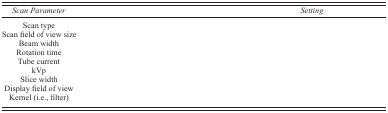
<table><thead><tr><td><b><i>Scan Parameter</i></b></td><td><b><i>Setting</i></b></td></tr></thead><tbody><tr><td>Scan type</td><td>[EMPTY_CELL]</td></tr><tr><td>Scan field of view size</td><td>[EMPTY_CELL]</td></tr><tr><td>Beam width</td><td>[EMPTY_CELL]</td></tr><tr><td>Rotation time</td><td>[EMPTY_CELL]</td></tr><tr><td>Tube current</td><td>[EMPTY_CELL]</td></tr><tr><td>kVp</td><td>[EMPTY_CELL]</td></tr><tr><td>Slice width</td><td>[EMPTY_CELL]</td></tr><tr><td>Display field of view</td><td>[EMPTY_CELL]</td></tr><tr><td>Kernel (i.e., filter)</td><td>[EMPTY_CELL]</td></tr></tbody></table>